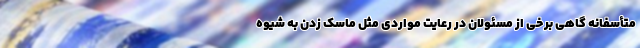
متأسفانه گاهی برخی از مسئولان در رعایت مواردی مثل ماسک زدن به شیوه